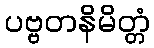
ပဗ္ဗတနိမိတ္တံ